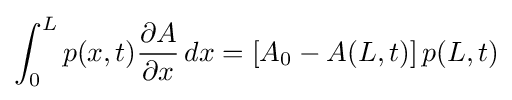
\int _{0}^{L}p(x,t){{\partial }A \over {\partial }x}\,dx=[A_{0}-A(L,t)]\,p(L,t)